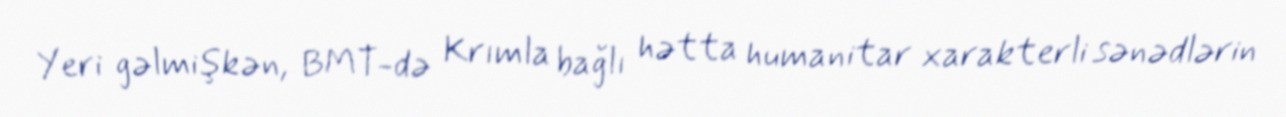
Yeri gəlmişkən, BMT-də Krımla bağlı hətta humanitar xarakterli sənədlərin